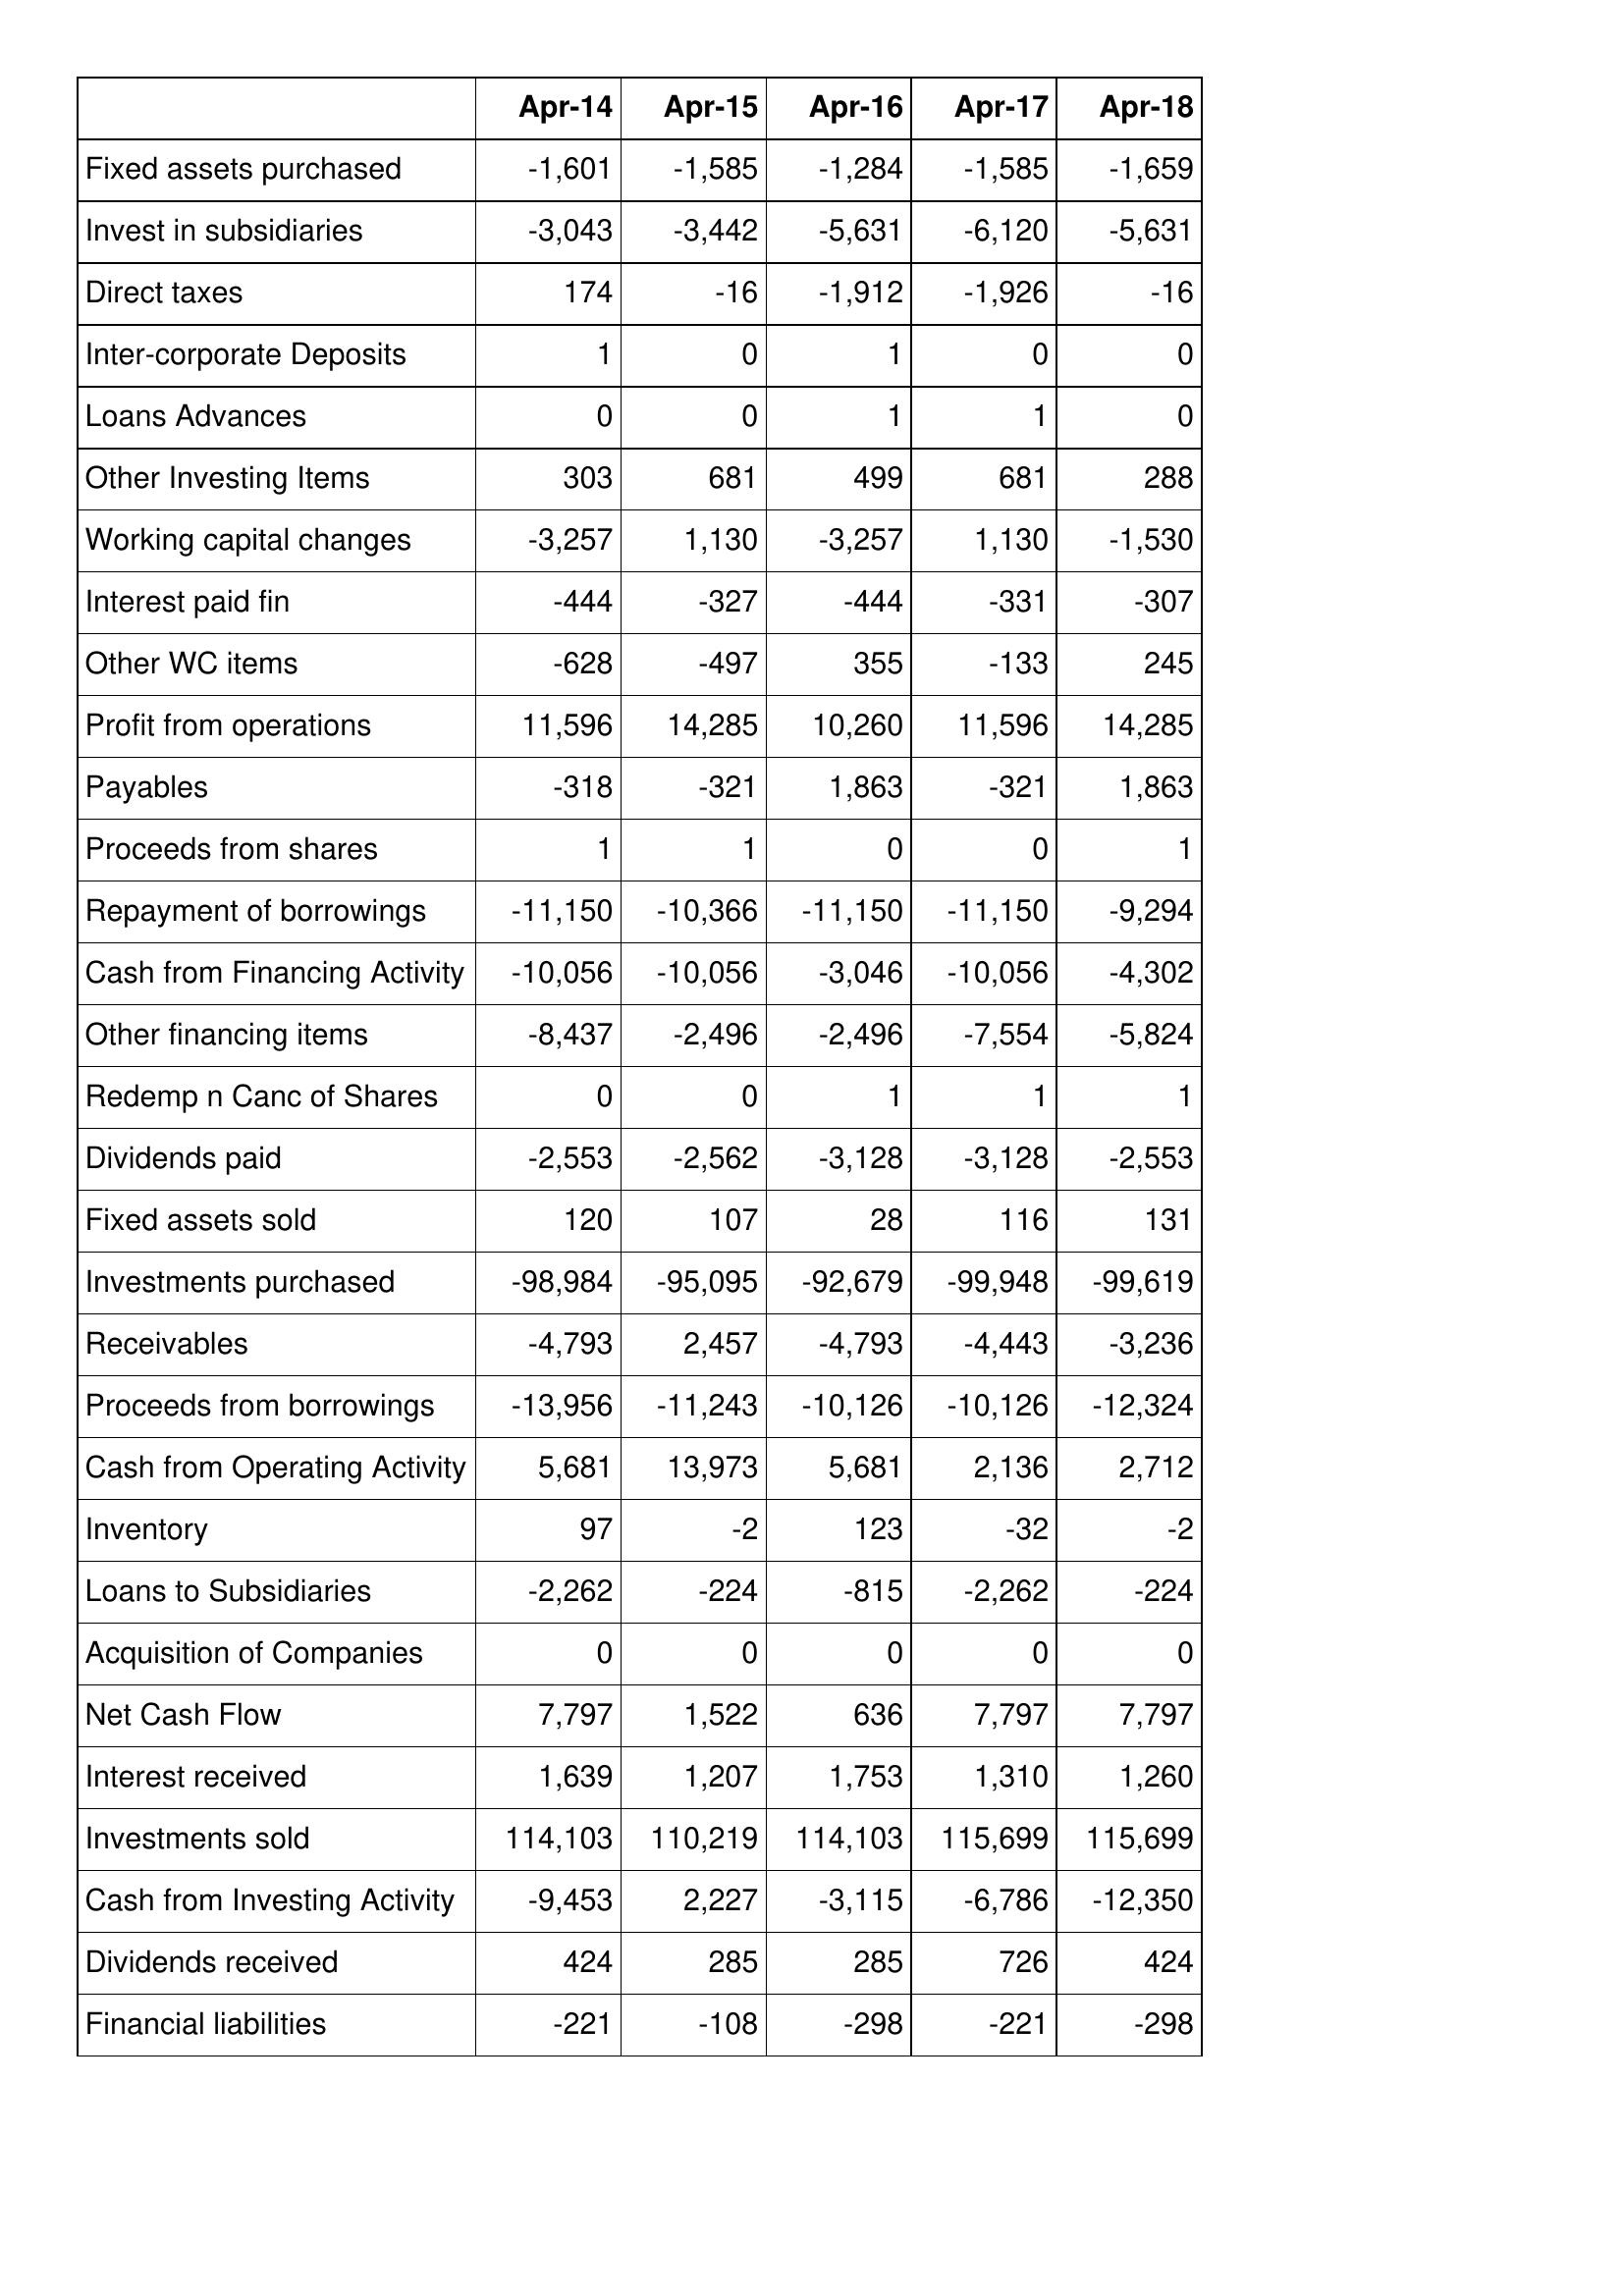
Apr-14: Cash Flows: Fixed assets purchased: -1,601
Invest in subsidiaries: -3,043
Direct taxes: 174
Inter-corporate Deposits: 1
Loans Advances: 0
Other Investing Items: 303
Working capital changes: -3,257
Interest paid fin: -444
Other WC items: -628
Profit from operations: 11,596
Payables: -318
Proceeds from shares: 1
Repayment of borrowings: -11,150
Cash from Financing Activity: -10,056
Other financing items: -8,437
Redemp n Canc of Shares: 0
Dividends paid: -2,553
Fixed assets sold: 120
Investments purchased: -98,984
Receivables: -4,793
Proceeds from borrowings: -13,956
Cash from Operating Activity: 5,681
Inventory: 97
Loans to Subsidiaries: -2,262
Acquisition of Companies: 0
Net Cash Flow: 7,797
Interest received: 1,639
Investments sold: 114,103
Cash from Investing Activity: -9,453
Dividends received: 424
Financial liabilities: -221
Apr-15: Cash Flows: Fixed assets purchased: -1,585
Invest in subsidiaries: -3,442
Direct taxes: -16
Inter-corporate Deposits: 0
Loans Advances: 0
Other Investing Items: 681
Working capital changes: 1,130
Interest paid fin: -327
Other WC items: -497
Profit from operations: 14,285
Payables: -321
Proceeds from shares: 1
Repayment of borrowings: -10,366
Cash from Financing Activity: -10,056
Other financing items: -2,496
Redemp n Canc of Shares: 0
Dividends paid: -2,562
Fixed assets sold: 107
Investments purchased: -95,095
Receivables: 2,457
Proceeds from borrowings: -11,243
Cash from Operating Activity: 13,973
Inventory: -2
Loans to Subsidiaries: -224
Acquisition of Companies: 0
Net Cash Flow: 1,522
Interest received: 1,207
Investments sold: 110,219
Cash from Investing Activity: 2,227
Dividends received: 285
Financial liabilities: -108
Apr-16: Cash Flows: Fixed assets purchased: -1,284
Invest in subsidiaries: -5,631
Direct taxes: -1,912
Inter-corporate Deposits: 1
Loans Advances: 1
Other Investing Items: 499
Working capital changes: -3,257
Interest paid fin: -444
Other WC items: 355
Profit from operations: 10,260
Payables: 1,863
Proceeds from shares: 0
Repayment of borrowings: -11,150
Cash from Financing Activity: -3,046
Other financing items: -2,496
Redemp n Canc of Shares: 1
Dividends paid: -3,128
Fixed assets sold: 28
Investments purchased: -92,679
Receivables: -4,793
Proceeds from borrowings: -10,126
Cash from Operating Activity: 5,681
Inventory: 123
Loans to Subsidiaries: -815
Acquisition of Companies: 0
Net Cash Flow: 636
Interest received: 1,753
Investments sold: 114,103
Cash from Investing Activity: -3,115
Dividends received: 285
Financial liabilities: -298
Apr-17: Cash Flows: Fixed assets purchased: -1,585
Invest in subsidiaries: -6,120
Direct taxes: -1,926
Inter-corporate Deposits: 0
Loans Advances: 1
Other Investing Items: 681
Working capital changes: 1,130
Interest paid fin: -331
Other WC items: -133
Profit from operations: 11,596
Payables: -321
Proceeds from shares: 0
Repayment of borrowings: -11,150
Cash from Financing Activity: -10,056
Other financing items: -7,554
Redemp n Canc of Shares: 1
Dividends paid: -3,128
Fixed assets sold: 116
Investments purchased: -99,948
Receivables: -4,443
Proceeds from borrowings: -10,126
Cash from Operating Activity: 2,136
Inventory: -32
Loans to Subsidiaries: -2,262
Acquisition of Companies: 0
Net Cash Flow: 7,797
Interest received: 1,310
Investments sold: 115,699
Cash from Investing Activity: -6,786
Dividends received: 726
Financial liabilities: -221
Apr-18: Cash Flows: Fixed assets purchased: -1,659
Invest in subsidiaries: -5,631
Direct taxes: -16
Inter-corporate Deposits: 0
Loans Advances: 0
Other Investing Items: 288
Working capital changes: -1,530
Interest paid fin: -307
Other WC items: 245
Profit from operations: 14,285
Payables: 1,863
Proceeds from shares: 1
Repayment of borrowings: -9,294
Cash from Financing Activity: -4,302
Other financing items: -5,824
Redemp n Canc of Shares: 1
Dividends paid: -2,553
Fixed assets sold: 131
Investments purchased: -99,619
Receivables: -3,236
Proceeds from borrowings: -12,324
Cash from Operating Activity: 2,712
Inventory: -2
Loans to Subsidiaries: -224
Acquisition of Companies: 0
Net Cash Flow: 7,797
Interest received: 1,260
Investments sold: 115,699
Cash from Investing Activity: -12,350
Dividends received: 424
Financial liabilities: -298